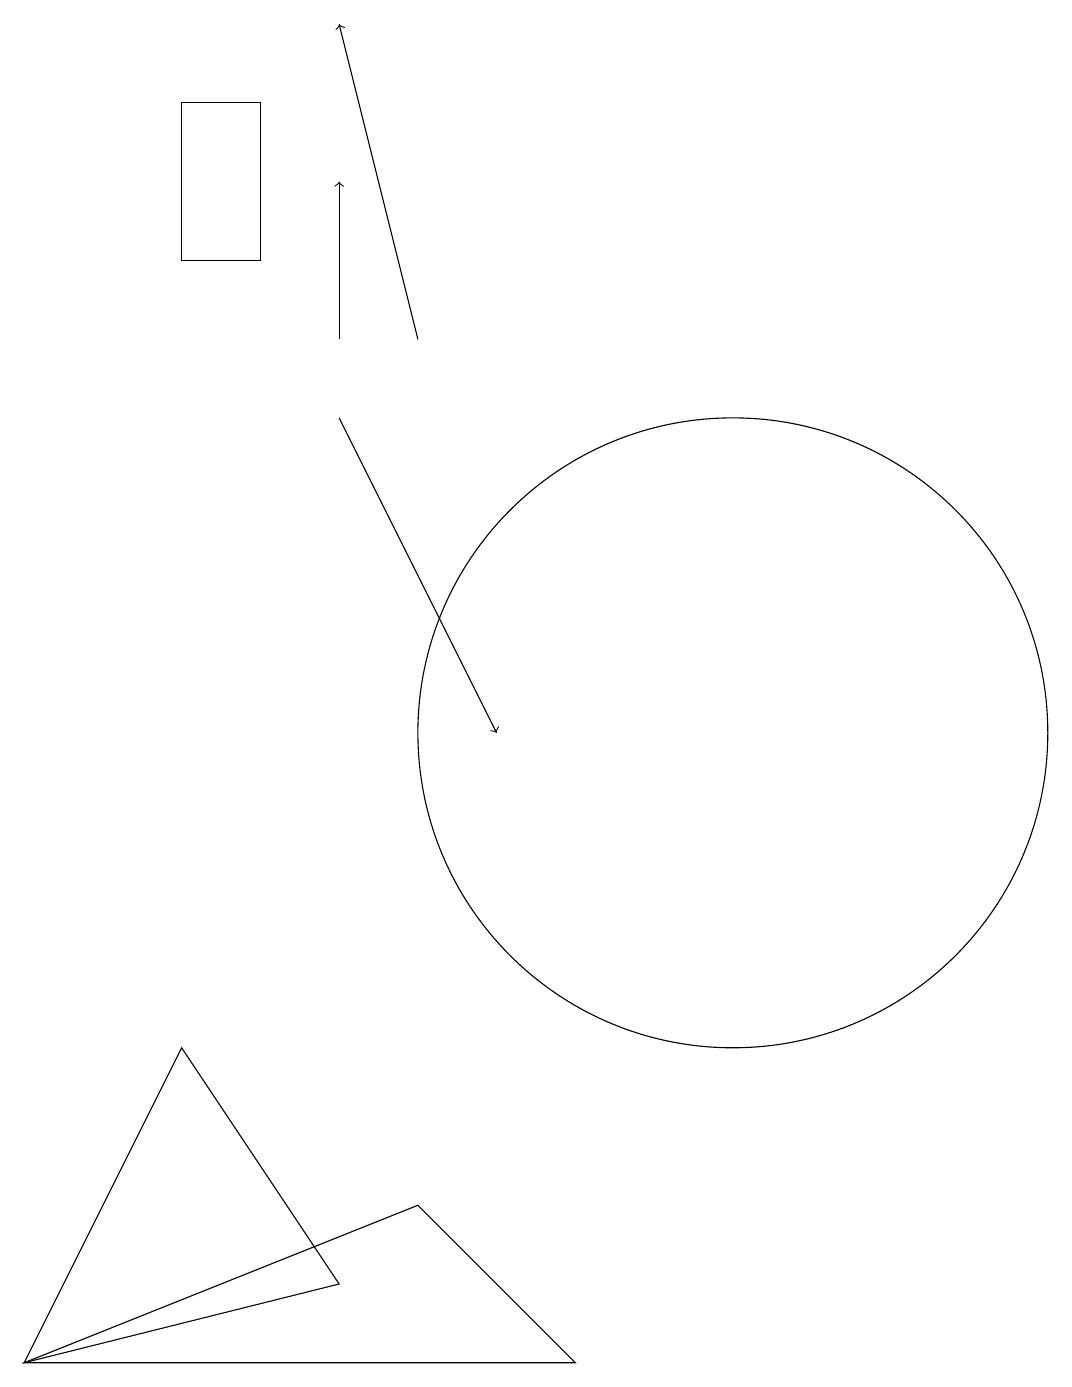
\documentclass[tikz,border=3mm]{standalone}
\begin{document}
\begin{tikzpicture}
\draw (6,3) -- (2,2) -- (4,6) -- cycle;
\draw[->] (7,15) -- (6,19);
\draw (11,10) circle (4);
\draw[->] (6,14) -- (8,10);
\draw[->] (6,15) -- (6,17);
\draw (9,2) -- (7,4) -- (2,2) -- cycle;
\draw (4,18) rectangle (5,16);
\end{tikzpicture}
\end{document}